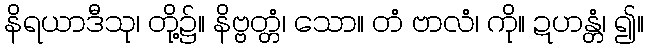
နိရယာဒီသု၊ တို့၌။ နိဗ္ဗတ္တံ၊ သော။ တံ ဗာလံ၊ ကို။ ဍဟန္တံ၊ ၍။